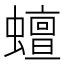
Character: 蟺